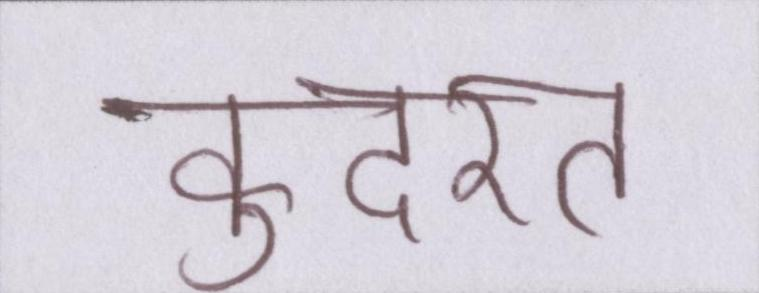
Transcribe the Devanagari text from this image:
कुदरत